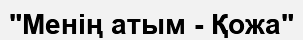
"Менің атым - Қожа"